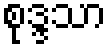
စုဒ္ဒသာ